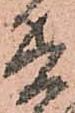
兵